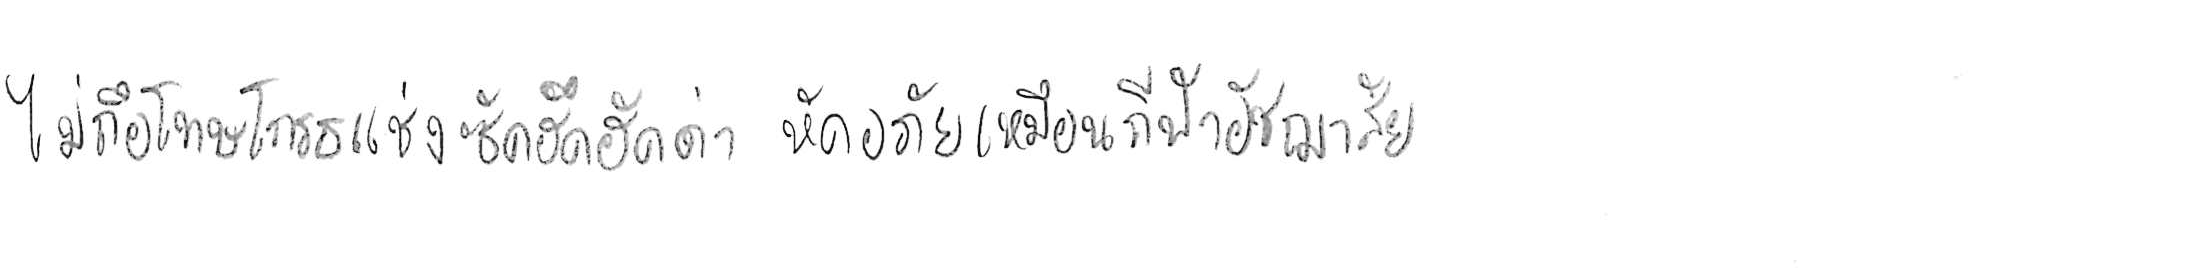
ไม่ถือโทษโกรธแช่งซัดฮึดฮัดด่า หัดอภัยเหมือนกีฬาอัชฌาสัย